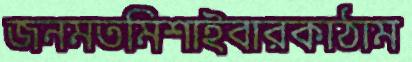
জনমতমিশাইবারকাঠাম